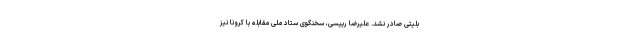
بلیتی صادر نشد. علیرضا رییسی، سخنگوی ستاد ملی مقابله با کرونا نیز